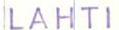
LAHTI